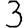
Digit: 3